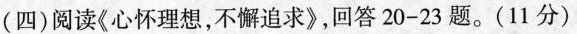
（四）阅读《心怀理想，不懈追求》，回答20-23题。（11分）